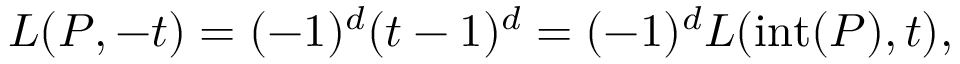
L ( P , - t ) = ( - 1 ) ^ { d } ( t - 1 ) ^ { d } = ( - 1 ) ^ { d } L ( \operatorname { i n t } ( P ) , t ) ,